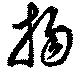
揚